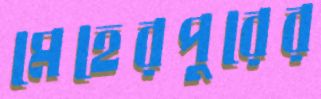
মেহেরপুরের